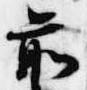
前